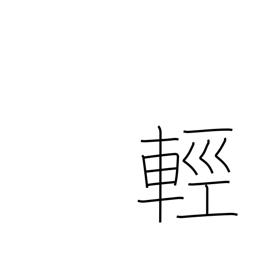
Meaning: gentle